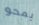
يمحو